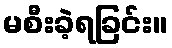
မစီးခဲ့ရခြင်း။